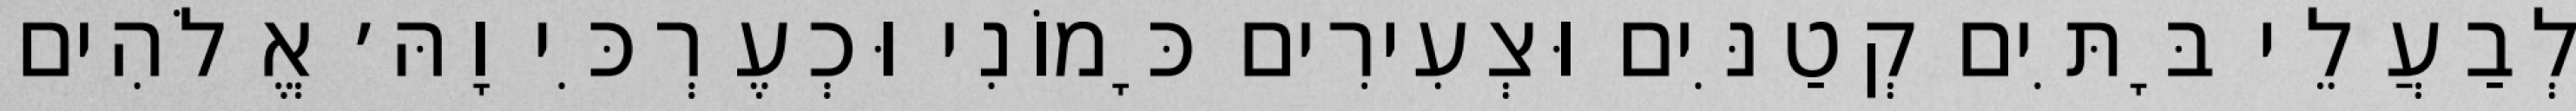
לְבַעֲלֵי בָּתִּים קְטַנִּים וּצְעִירִים כָּמוֹנִי וּכְעֶרְכִּי וָהּ׳ אֱלֹהִים